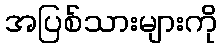
အပြစ်သားများကို